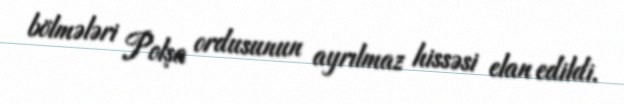
bölmələri Polşa ordusunun ayrılmaz hissəsi elan edildi.